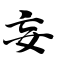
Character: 妄